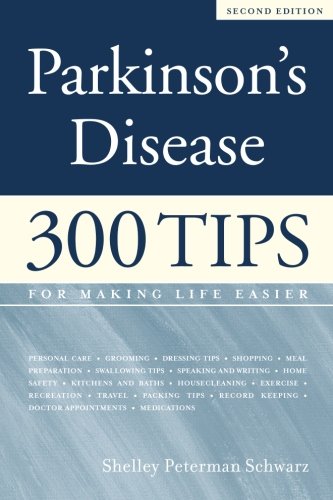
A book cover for Parkinson's Disease: "300 Tips for Making Life Easier, 2nd Edition"; Shelley Peterman Schwarz; Health, Fitness & Dieting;